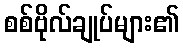
စစ်ဗိုလ်ချုပ်များ၏